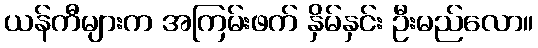
ယန်ကီများက အကြမ်းဖက် နှိမ်နှင်း ဦးမည်လော။